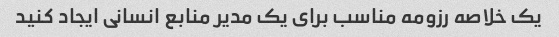
یک خلاصه رزومه مناسب برای یک مدیر منابع انسانی ایجاد کنید